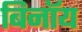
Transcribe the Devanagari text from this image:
बिनॉय